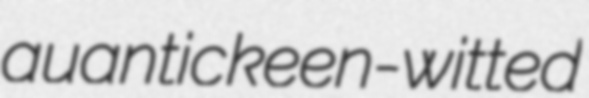
auantic keen-witted